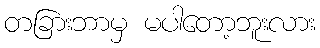
တခြားဘာမှ မပါတော့ဘူးလား